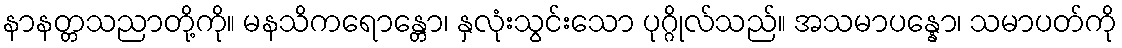
နာနတ္တသညာတို့ကို။ မနသိကရောန္တော၊ နှလုံးသွင်းသော ပုဂ္ဂိုလ်သည်။ အသမာပန္နော၊ သမာပတ်ကို